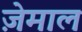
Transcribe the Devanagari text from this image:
ज़ेमाल